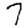
Digit: 7